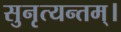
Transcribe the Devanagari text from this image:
सुनृत्यन्तम्‌।